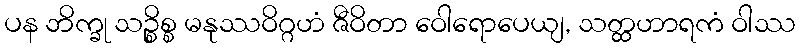
ပန ဘိက္ခု သဉ္စိစ္စ မနုဿဝိဂ္ဂဟံ ဇီဝိတာ ဝေါရောပေယျ, သတ္ထဟာရကံ ဝါဿ